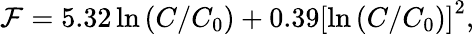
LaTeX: \mathcal{F}=5.32\ln{(C/C_{0})}+0.39\left[\ln{(C/C_{0})}\right]^{2},